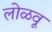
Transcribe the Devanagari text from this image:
लोळवू